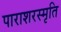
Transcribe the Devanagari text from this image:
पाराशरस्मृति